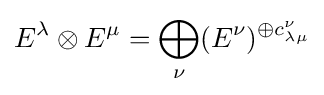
E^{\lambda }\otimes E^{\mu }=\bigoplus _{\nu }(E^{\nu })^{\oplus c_{\lambda \mu }^{\nu }}